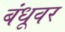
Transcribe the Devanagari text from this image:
बंधूवर